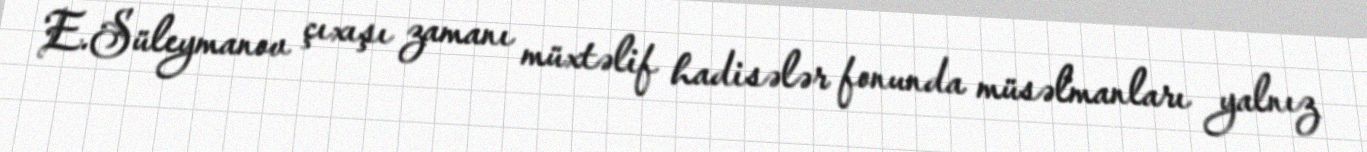
E.Süleymanov çıxışı zamanı müxtəlif hadisələr fonunda müsəlmanları yalnız